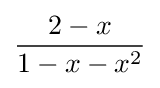
{\frac {2-x}{1-x-x^{2}}}